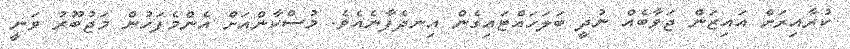
ކުރާއިރަށް އައިޒަން ޖަވާބެއް ނުދީ ބަލަހައްޓައިގެން އިނދެފާނެއެވެ. މުސްކާންއަށް އެންމެފަހުން މަޖުބޫރު ވަނީ